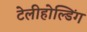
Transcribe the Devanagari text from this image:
टेलीहोल्डिंग